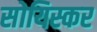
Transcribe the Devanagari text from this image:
सोयिस्कर